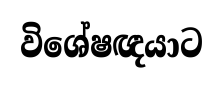
විශේෂඥයාට